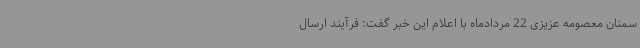
سمنان معصومه عزیزی 22 مردادماه با اعلام این خبر گفت: فرآیند ارسال